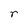
Character: r